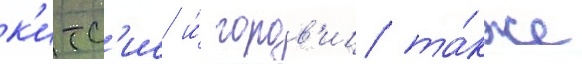
к'итс'ис и́ горов'иц та́кже